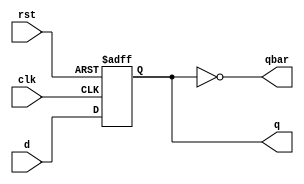
`timescale 1ns / 1ps
//////////////////////////////////////////////////////////////////////////////////
// Company: 
// Engineer: 
// 
// Design Name: 
// Module Name:    async_counter 
// Author Name: Ummidi Chandrika

//////////////////////////////////////////////////////////////////////////////////
module dff(q,qbar,clk,rst,d);
	output reg q;
	output qbar;
	input clk, rst;
	input d;

	assign qbar = ~q;

	always @(posedge clk, posedge rst)
	begin
		if (rst)
			q <= 0;
		else
			q <= d;
	end
endmodule

module async_counter(count,countbar,clk,rst);
  input clk, rst;
  output [3:0] count, countbar;
    dff dff1(count[0],countbar[0],clk     ,rst,countbar[0]);
  dff dff2(count[1],countbar[1],count[0],rst,countbar[1]);
 dff dff3(count[2],countbar[2],count[1],rst,countbar[2]);
  dff dff4(count[3],countbar[3],count[2],rst,countbar[3]);
  
endmodule